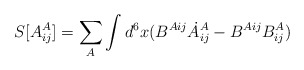
\begin{align*}S[A^A_{ij}]= \sum_A\int d^6x (B^{Aij} \dot{A}^A_{ij} - B^{Aij}B^A_{ij})\end{align*}